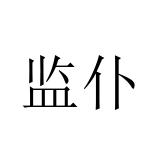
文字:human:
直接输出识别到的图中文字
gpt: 监仆